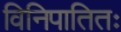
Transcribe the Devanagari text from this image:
विनिपातितः